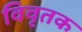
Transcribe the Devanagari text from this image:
विवृतक